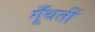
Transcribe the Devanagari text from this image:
गूँथतीं